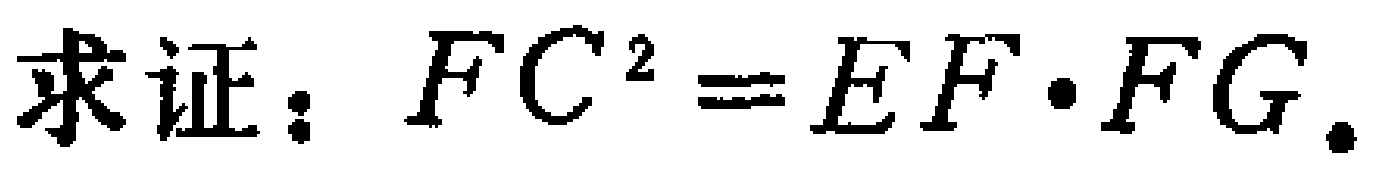
求证：\(FC^{2}=EF\cdot FG\)。